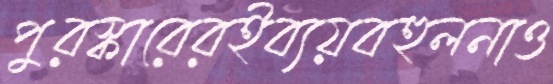
পুরস্কারেরইব্যয়বহুলনাও